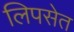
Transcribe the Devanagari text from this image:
लिपसेत